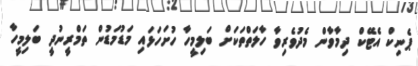
ޕެނިކް އެޓޭކް ދިމާވާން މެދުވެރިވާ ހާލަތްތަކަށް ބަލިމީހާ ހުށަހަޅައި މަޑުމަޑުން ތަމްރީނުދީ ބަލިމީހާ